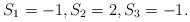
LaTeX: \begin{align*} S_1=-1,S_2=2,S_3=-1.\end{align*}